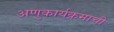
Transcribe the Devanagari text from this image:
अणुकार्यक्रमाची